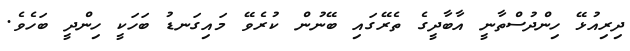
ދިރިއުޅޭ ހިންދުސްތާނީ އާބާދީގެ ތެރޭގައި ބޭނުން ކުރެވޭ މައިގަނޑު ބަހަކީ ހިންދީ ބަހެވެ.